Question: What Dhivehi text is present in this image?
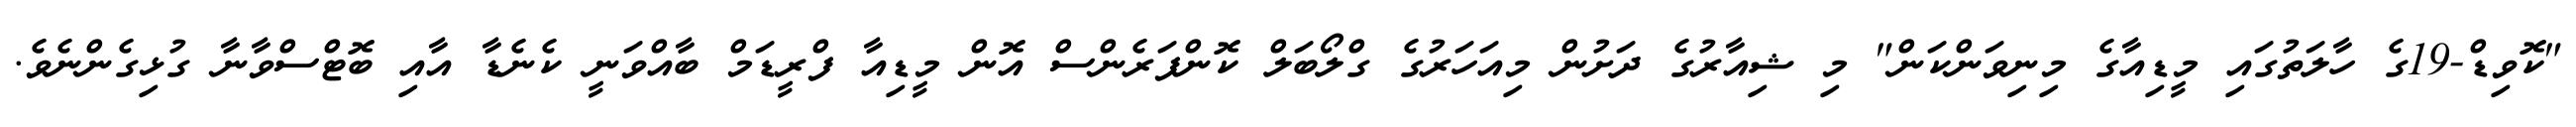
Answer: "ކޮވިޑް-19ގެ ހާލަތުގައި މީޑިއާގެ މިނިވަންކަން" މި ޝިއާރުގެ ދަށުން މިއަހަރުގެ ގްލޯބަލް ކޮންފަރެންސް އޮން މީޑިއާ ފްރީޑަމް ބާއްވަނީ ކެނެޑާ އާއި ބޮޓްސްވާނާ ގުޅިގެންނެވެ.